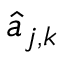
\hat { a } _ { j , k }